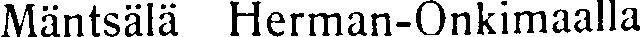
Mäntsälä Herman-Onkimaalla